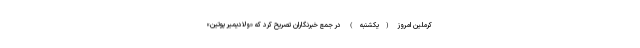
کرملین امروز (یکشنبه) در جمع خبرنگاران تصریح کرد که «ولادیمیر پوتین»